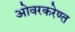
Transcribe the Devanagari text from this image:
ओवरकरेण्त